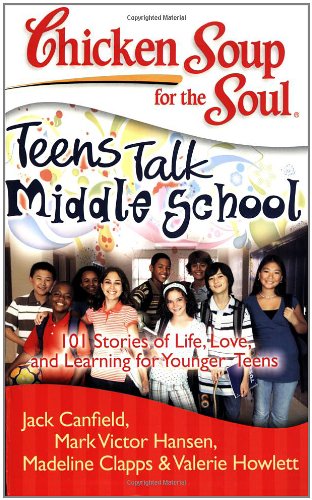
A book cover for Chicken Soup for the Soul: Teens Talk Middle School: 101 Stories of Life, Love, and Learning for Younger Teens; Jack Canfield; Parenting & Relationships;